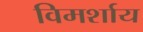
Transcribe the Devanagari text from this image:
विमर्शाय